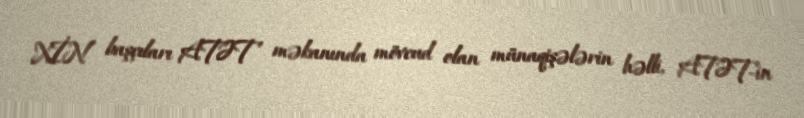
XİN başçıları ATƏT məkanında mövcud olan münaqişələrin həlli, ATƏT-in